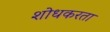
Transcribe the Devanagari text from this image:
शोधकरता